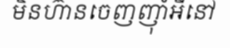
មិនហ៊ានចេញញ៉ាំអីនៅ